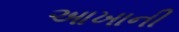
આખાની